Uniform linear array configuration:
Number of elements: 12
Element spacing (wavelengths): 0.5
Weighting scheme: hamming
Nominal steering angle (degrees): -15
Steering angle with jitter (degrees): -14.591
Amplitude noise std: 0.05
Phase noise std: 0.05

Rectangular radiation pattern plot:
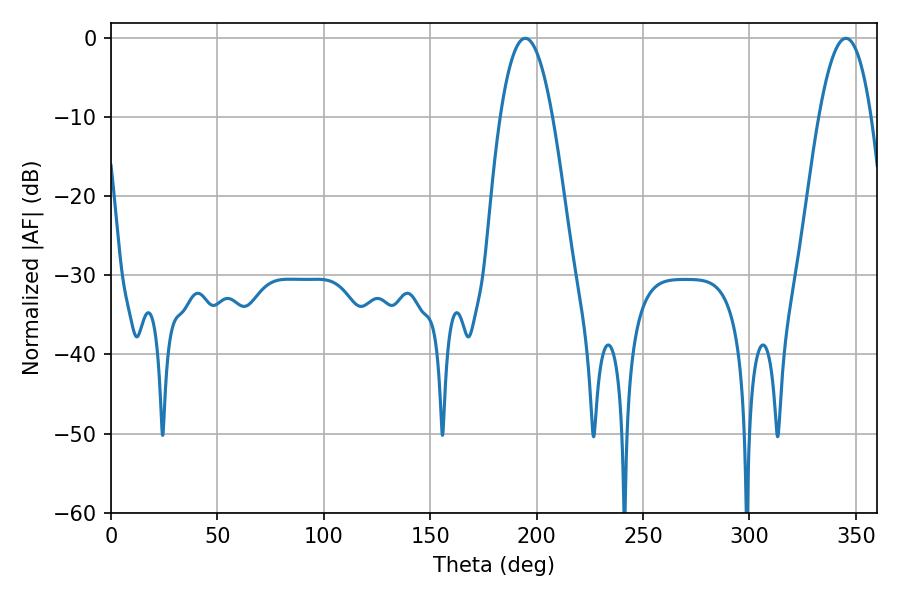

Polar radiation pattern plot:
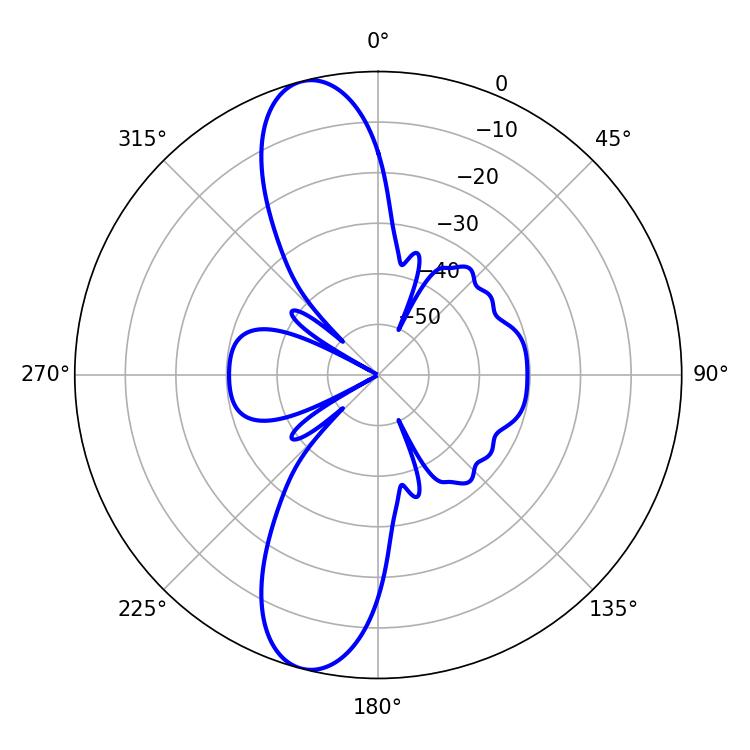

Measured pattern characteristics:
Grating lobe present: FALSE
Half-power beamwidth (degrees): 13.5
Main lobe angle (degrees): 194.76